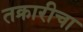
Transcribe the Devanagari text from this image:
तक्रारीचा